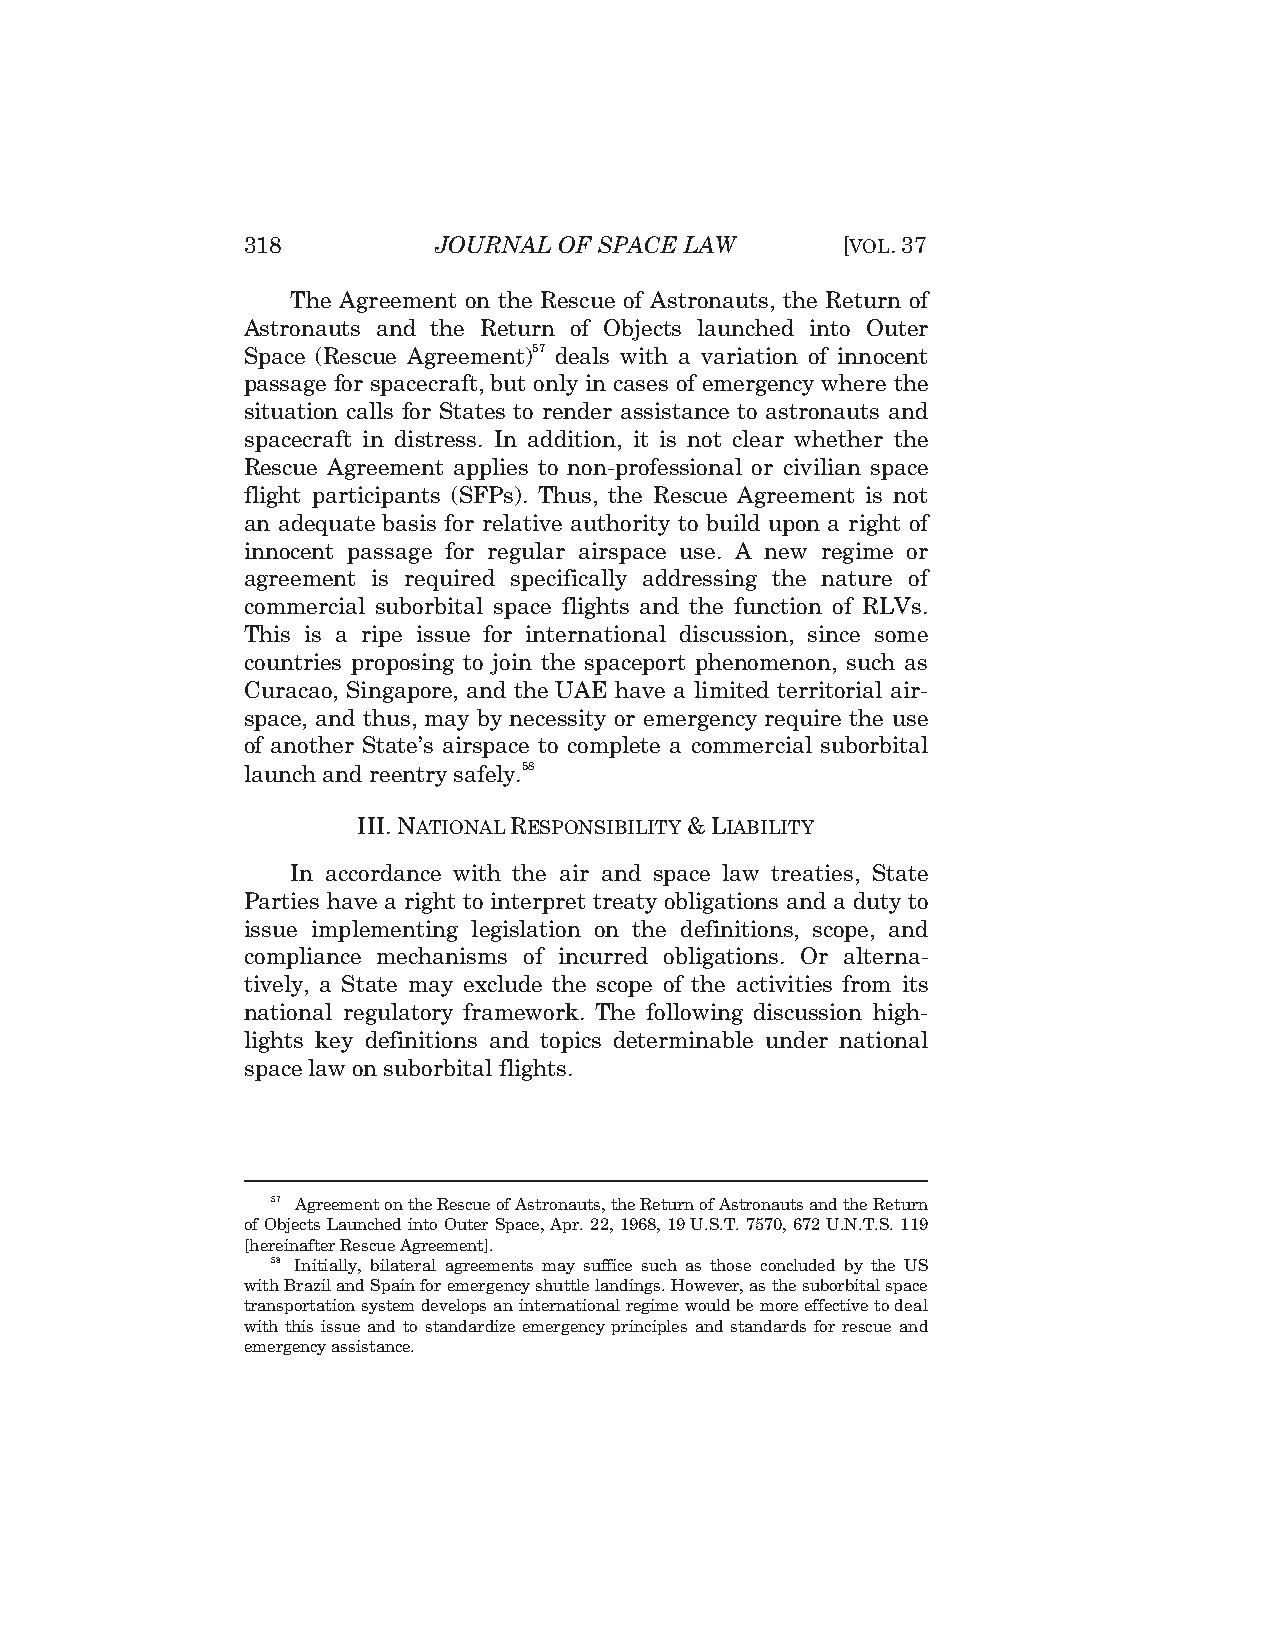
318          JOURNAL OF SPACE LAW       [VOL.37
 The Agreement on the Rescue of Astronauts, the Return of
 Astronauts and the Return of Objects launched into Outer
 Space (Rescue Agreement)57 deals with a variation of innocent
 passage for spacecraft, but only in cases of emergency where the
 situation calls for States to render assistance to astronauts and
 spacecraft in distress. In addition, it is not clear whether the
 Rescue Agreement applies to non-professional or civilian space
 flight participants (SFPs). Thus, the Rescue Agreement is not
 an adequate basis for relative authority to build upon a right of
 innocent passage for regular airspace use. A new regime or
 agreement is required specifically addressing the nature of
 commercial suborbital space flights and the function of RLVs.
 This is a ripe issue for international discussion, since some
 countries proposing to join the spaceport phenomenon, such as
 Curacao, Singapore, and the UAE have a limited territorial air-
 space, and thus, may by necessity or emergency require the use
 of another State’s airspace to complete a commercial suborbital
 launch and reentry safely.58
 III.NATIONAL RESPONSIBILITY &LIABILITY
 In accordance with the air and space law treaties, State
 Parties have a right to interpret treaty obligations and a duty to
 issue implementing legislation on the definitions, scope, and
 compliance mechanisms of incurred obligations. Or alterna-
 tively, a State may exclude the scope of the activities from its
 national regulatory framework. The following discussion high-
 lights key definitions and topics determinable under national
 space law on suborbital flights.
 57 Agreement on the Rescue of Astronauts, the Return of Astronauts and the Return
 of Objects Launched into Outer Space, Apr. 22, 1968, 19 U.S.T. 7570, 672 U.N.T.S. 119
 [hereinafter Rescue Agreement].
 58 Initially, bilateral agreements may suffice such as those concluded by the US
 with Brazil and Spain for emergency shuttle landings. However, as the suborbital space
 transportation system develops an international regime would be more effective to deal
 with this issue and to standardize emergency principles and standards for rescue and
 emergency assistance.